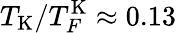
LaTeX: T_{\mathrm{K}}/T_{F}^{\mathrm{K}}\approx 0.13